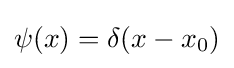
\psi (x)=\delta (x-x_{0})